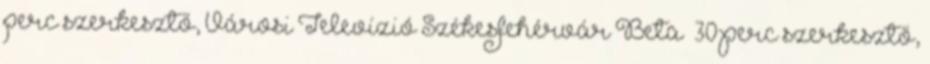
perc szerkesztő, Városi Televízió Székesfehérvár Beta 30 perc szerkesztő,